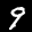
Label: 9